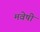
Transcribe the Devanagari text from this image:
मवेषी